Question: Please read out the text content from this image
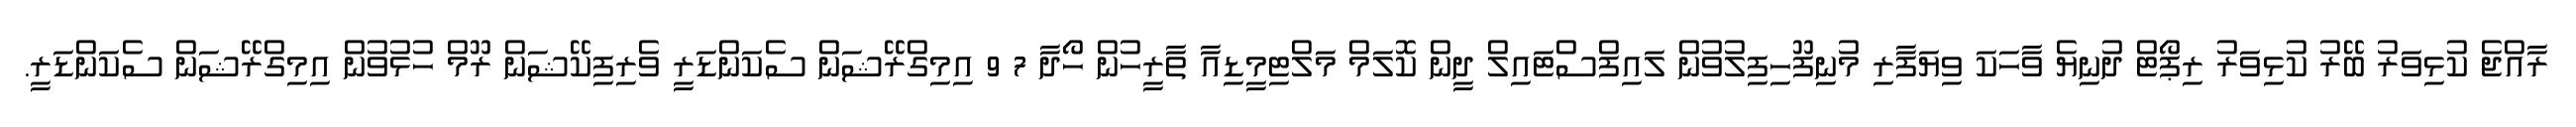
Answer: ރާއްޖެ ކުޅިވަރު ބޭރު ކުޅިވަރު ރިޕޯޓް ދުނިޔެ ވާހަކަ ވިޔަފާރި މުނިފޫހިފިލުވުން ލައިފްސްޓައިލް ދީން ކޮލަމް މަލްޓިމީޑިއާ ތާރީހުން ހޯދާ 7 9 އިމިގްރޭޝަން ސެކަންޑަރީ ވެރިފިކޭޝަން ރޫމް ހުޅުވުން އިމިގްރޭޝަން ސެކަންޑަރީ.